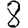
Digit: 8